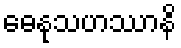
ဓေနုသဟဿာနိ